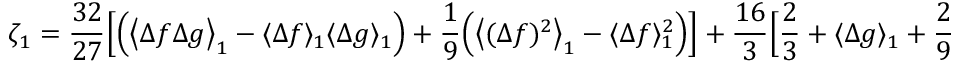
\begin{array} { c c c } { \displaystyle { \zeta _ { 1 } = \frac { 3 2 } { 2 7 } \Big [ \Big ( \big \langle \Delta f \Delta g \big \rangle _ { 1 } - \langle \Delta f \rangle _ { 1 } \langle \Delta g \rangle _ { 1 } \Big ) + \frac { 1 } { 9 } \Big ( \big \langle ( \Delta f ) ^ { 2 } \big \rangle _ { 1 } - \langle \Delta f \rangle _ { 1 } ^ { 2 } \Big ) \Big ] + \frac { 1 6 } { 3 } \Big [ \frac { 2 } { 3 } + \langle \Delta g \rangle _ { 1 } + \frac { 2 } { 9 } \langle \Delta f \rangle _ { 1 } \Big ] , } } \end{array}